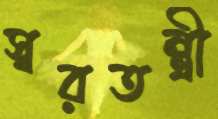
স্বরতন্ত্রী